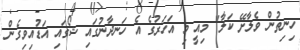
ހިނިތުން ވެލާށޭ ކަލާ" މިއީ މި އަހަރުގެ އެ ހަނދާނުގައި ޝޯގައި އަޑުއިވިގެން